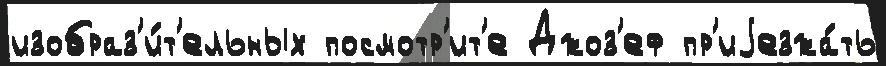
изобраз'и́т'ельных посмотр'ит'е Джоз'еф пр'иjезжа́ть